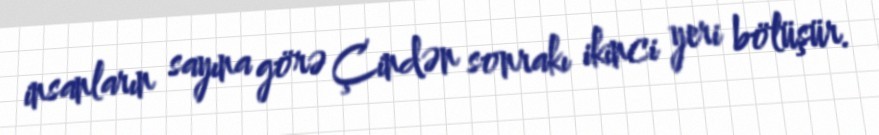
insanların sayına görə Çindən sonrakı ikinci yeri bölüşür.